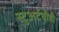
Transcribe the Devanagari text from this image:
स्टुअर्टचीही